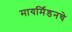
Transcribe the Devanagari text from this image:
मायर्मिडनचे